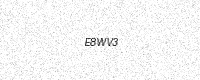
Text: E8WV3